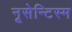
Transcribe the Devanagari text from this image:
नूसेन्टिस्म